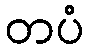
တပံ